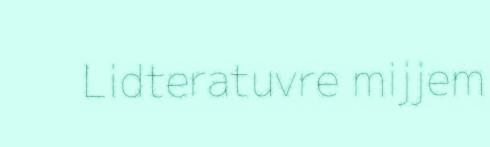
Lidteratuvre mijjem